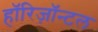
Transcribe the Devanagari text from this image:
हॉरिज़ॉन्टल